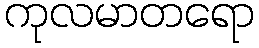
ကုလမာတရော